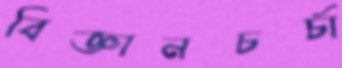
বিজ্ঞানচর্চা